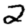
Digit: 2